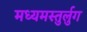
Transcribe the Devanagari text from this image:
मध्यमस्तुर्लुग